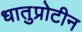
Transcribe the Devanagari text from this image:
धातुप्रोटीन